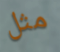
مثل